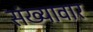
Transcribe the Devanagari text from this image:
संख्यावार